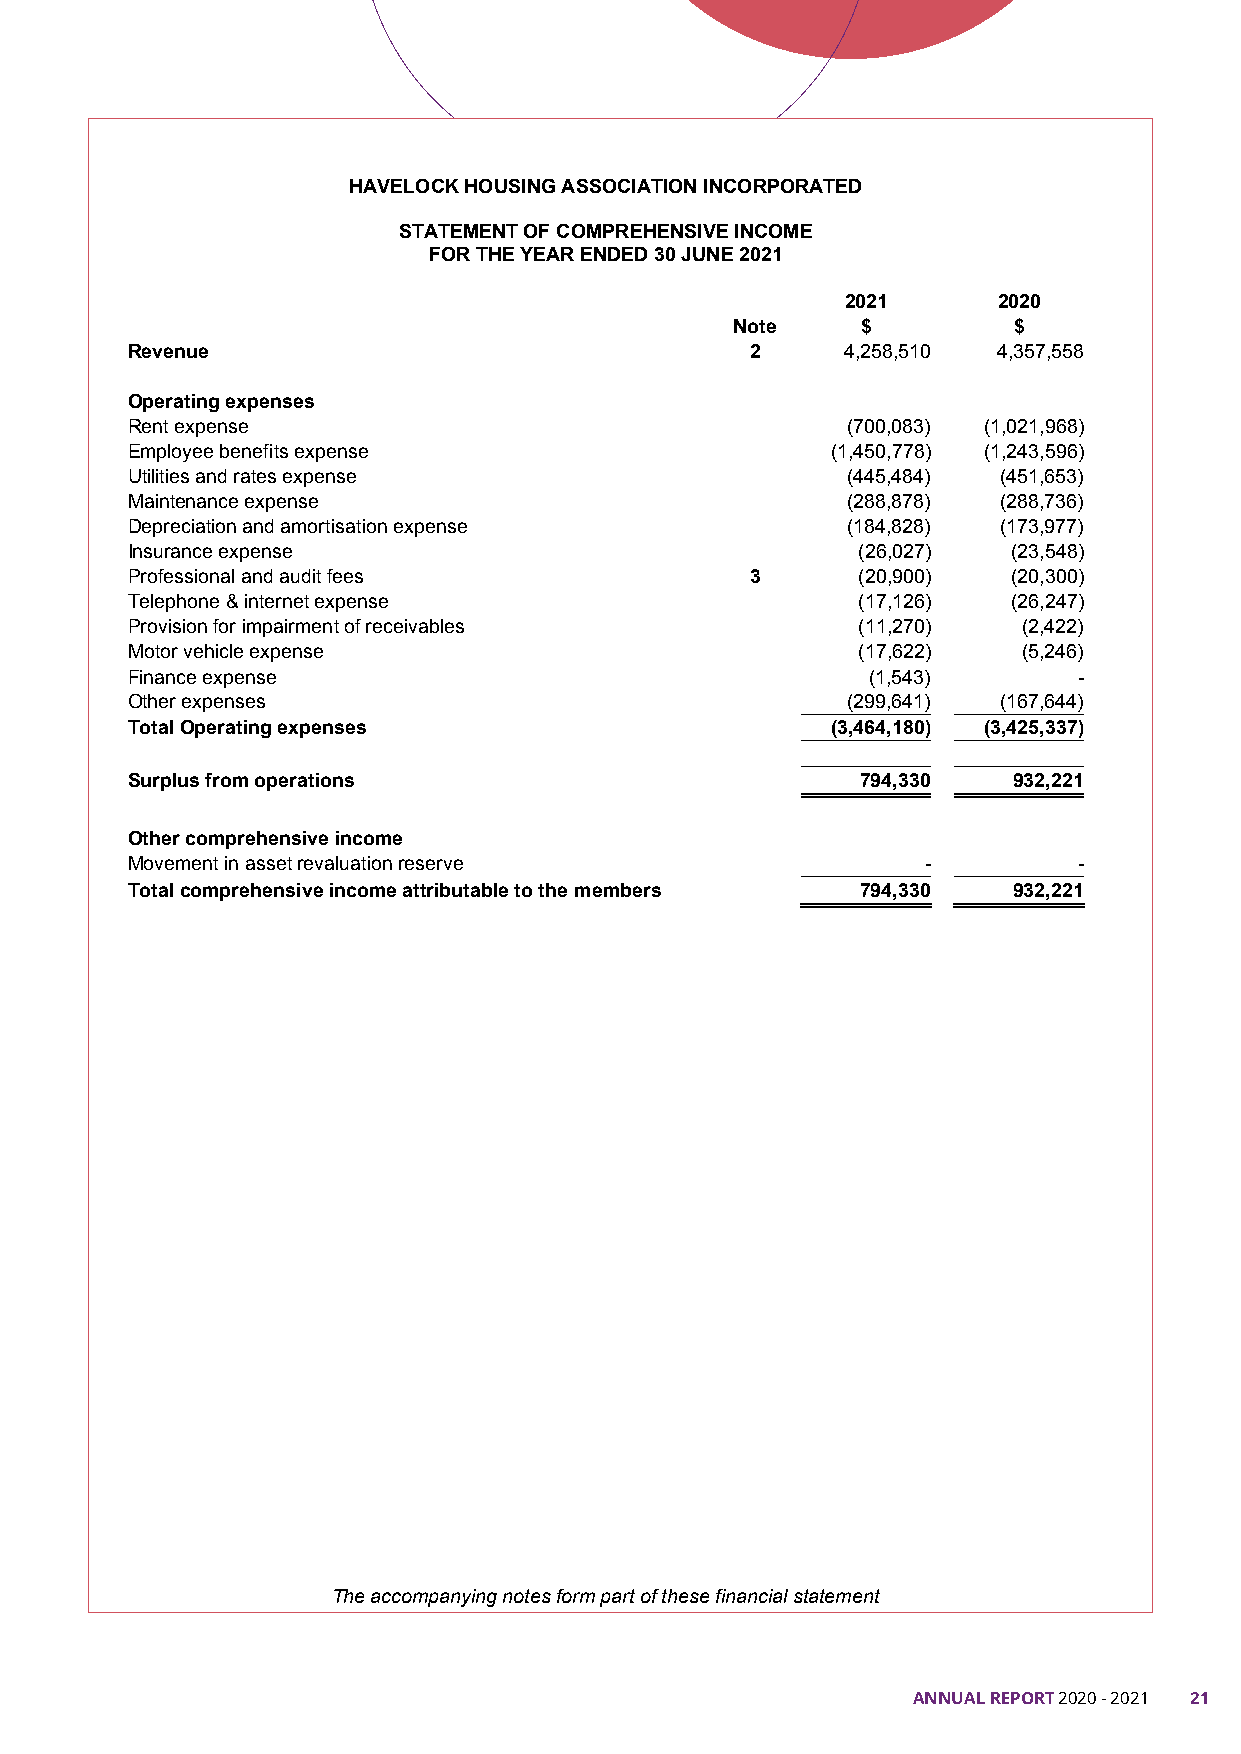
HAVELOCK HOUSING ASSOCIATIONINCORPORATED
 STATEMENT OF COMPREHENSIVE INCOME
 FOR THE YEAR ENDED 30 JUNE 2021
 2021      2020
 Note    $         $
 Revenue                                   2     4,258,510 4,357,558
 Operating expenses
 Rent expense                                    (700,083) (1,021,968)
 Employee benefits expense                      (1,450,778) (1,243,596)
 Utilities and rates expense                     (445,484) (451,653)
 Maintenance expense                             (288,878) (288,736)
 Depreciation and amortisation expense           (184,828) (173,977)
 Insurance expense                                (26,027)  (23,548)
 Professional and audit fees               3      (20,900)  (20,300)
 Telephone & internet expense                     (17,126)  (26,247)
 Provision for impairment of receivables          (11,270)   (2,422)
 Motor vehicle expense                            (17,622)   (5,246)
 Finance expense                                   (1,543)      -
 Other expenses                                  (299,641) (167,644)
 Total Operating expenses                       (3,464,180) (3,425,337)
 Surplus from operations                          794,330   932,221
 Other comprehensive income
 Movement in asset revaluation reserve                -         -
 Total comprehensive income attributable to the members 794,330 932,221
 The accompanying notes form part of these financial statement
 ANNUAL REPORT 20520 - 2021 21